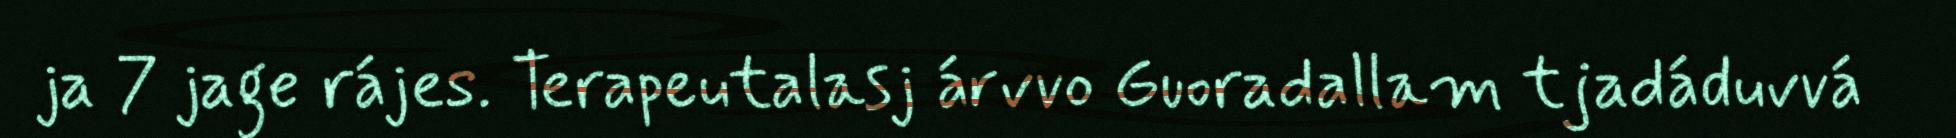
ja 7 jage rájes. Terapeutalasj árvvo Guoradallam tjadáduvvá